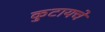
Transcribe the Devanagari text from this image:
कुटायचे